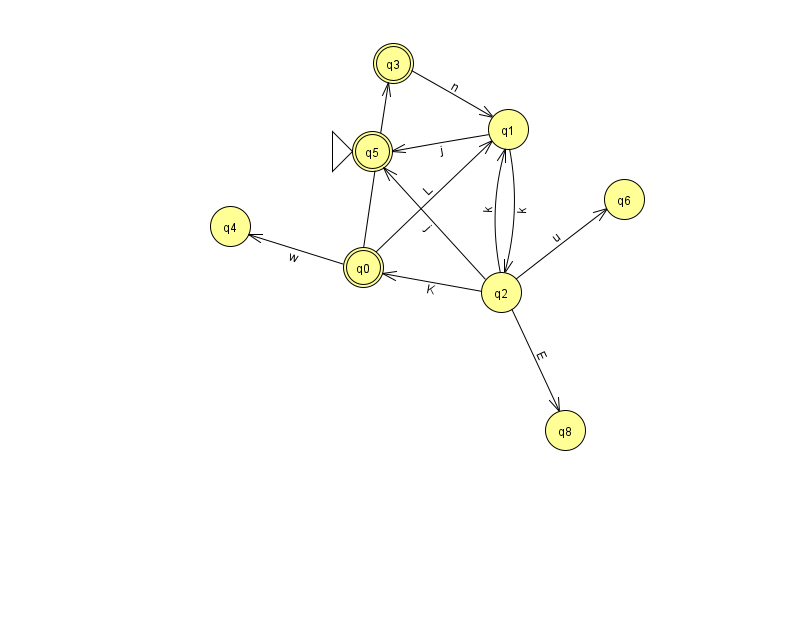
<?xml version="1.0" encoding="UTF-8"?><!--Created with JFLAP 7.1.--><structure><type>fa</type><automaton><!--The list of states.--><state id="0" name="q0"><x>363.0</x><y>254.0</y><final/></state><state id="1" name="q1"><x>508.0</x><y>116.0</y></state><state id="2" name="q2"><x>501.0</x><y>279.0</y></state><state id="3" name="q3"><x>393.0</x><y>50.0</y><final/></state><state id="4" name="q4"><x>230.0</x><y>213.0</y></state><state id="5" name="q5"><x>372.0</x><y>138.0</y><initial/><final/></state><state id="6" name="q6"><x>624.0</x><y>186.0</y></state><state id="8" name="q8"><x>565.0</x><y>417.0</y></state><!--The list of transitions.--><transition><from>1</from><to>5</to><read>j</read></transition><transition><from>0</from><to>1</to><read>L</read></transition><transition><from>0</from><to>3</to><read>z</read></transition><transition><from>1</from><to>2</to><read>k</read></transition><transition><from>2</from><to>1</to><read>k</read></transition><transition><from>2</from><to>6</to><read>u</read></transition><transition><from>2</from><to>5</to><read>j</read></transition><transition><from>2</from><to>8</to><read>E</read></transition><transition><from>3</from><to>1</to><read>n</read></transition><transition><from>0</from><to>4</to><read>w</read></transition><transition><from>2</from><to>0</to><read>K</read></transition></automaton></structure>